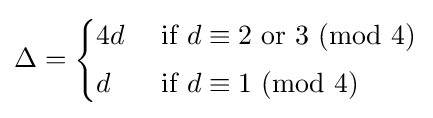
\Delta ={\begin{cases}4d&{\text{ if }}d\equiv 2{\text{ or }}3\,\,(\mathrm {mod} \,\,4)\\[1mm]d&{\text{ if }}d\equiv 1\,\,(\mathrm {mod} \,\,4)\end{cases}}